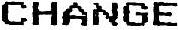
CHANGE